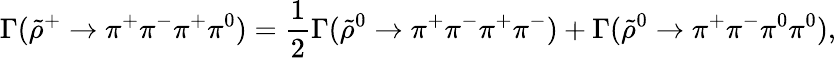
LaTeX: \Gamma(\tilde{\rho}^{+}\rightarrow\pi^{+}\pi^{-}\pi^{+}\pi^{0})=\frac{1}{2}\Gamma(\tilde{\rho}^{0}\rightarrow\pi^{+}\pi^{-}\pi^{+}\pi^{-})+\Gamma(\tilde{\rho}^{0}\rightarrow\pi^{+}\pi^{-}\pi^{0}\pi^{0}),